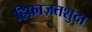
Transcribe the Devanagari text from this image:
हिफ़ाज़तशुदा